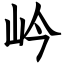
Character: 岒